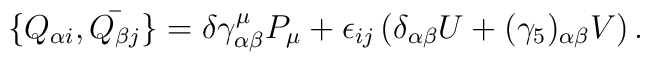
\{ Q_{\alpha i}, \bar{Q_{\beta j}} \} = \delta \gamma^{\mu}_{\alpha \beta} P_{\mu} + \epsilon_{ij} \left( \delta_{\alpha \beta} U + (\gamma_5)_{\alpha \beta} V \right) .